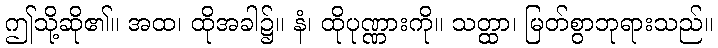
ဤသို့ဆို၏။ အထ၊ ထိုအခါ၌။ နံ၊ ထိုပုဏ္ဏားကို။ သတ္ထာ၊ မြတ်စွာဘုရားသည်။